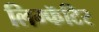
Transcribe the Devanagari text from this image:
लिम्फॅटिर